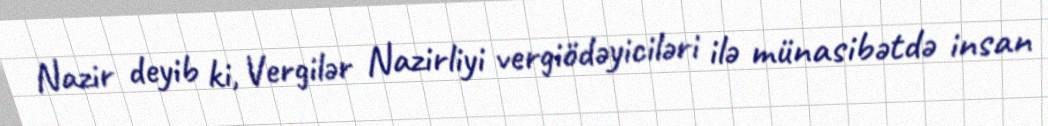
Nazir deyib ki, Vergilər Nazirliyi vergiödəyiciləri ilə münasibətdə insan